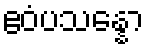
ဧဝံပသန္နော